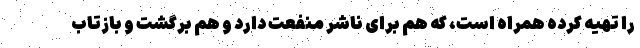
را تهیه کرده همراه است، که هم برای ناشر منفعت دارد و هم برگشت و بازتاب